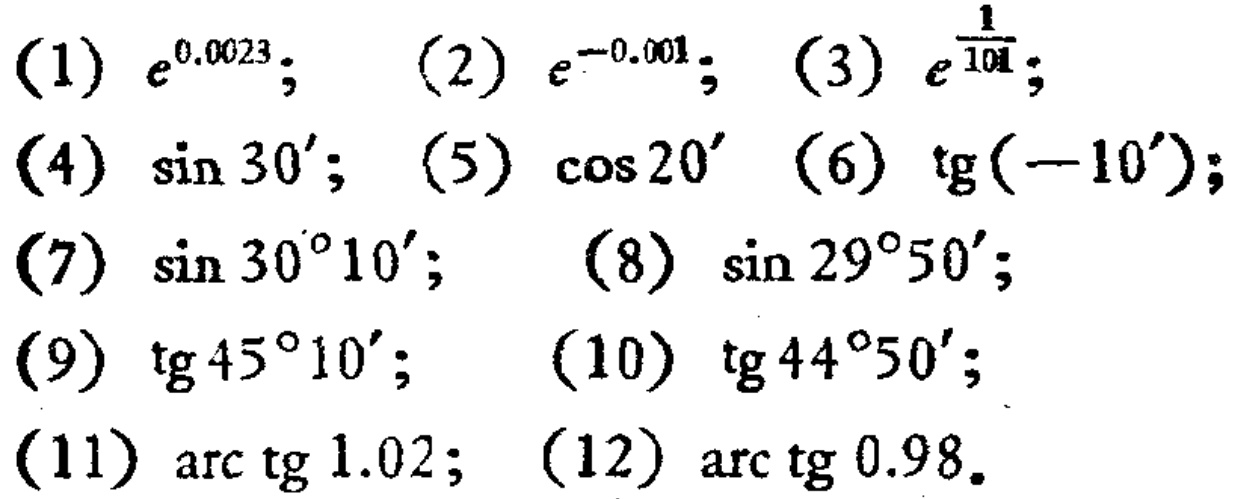
(1) \(e^{0.0023}\); (2) \(e^{-0.001}\); (3) \(e^{\frac{1}{101}}\);
(4) \(\sin 30'\); (5) \(\cos 20'\); (6) \(\text{tg}(-10')\);
(7) \(\sin 30^{\circ}10'\); (8) \(\sin 29^{\circ}50'\);
(9) \(\text{tg}45^{\circ}10'\); (10) \(\text{tg}44^{\circ}50'\);
(11) \(\text{arc}\text{tg}1.02\); (12) \(\text{arc}\text{tg}0.98\)